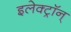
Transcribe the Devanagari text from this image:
इलेक्ट्रॉन्